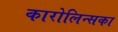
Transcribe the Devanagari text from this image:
कारोलिन्सका